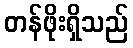
တန်ဖိုးရှိသည်